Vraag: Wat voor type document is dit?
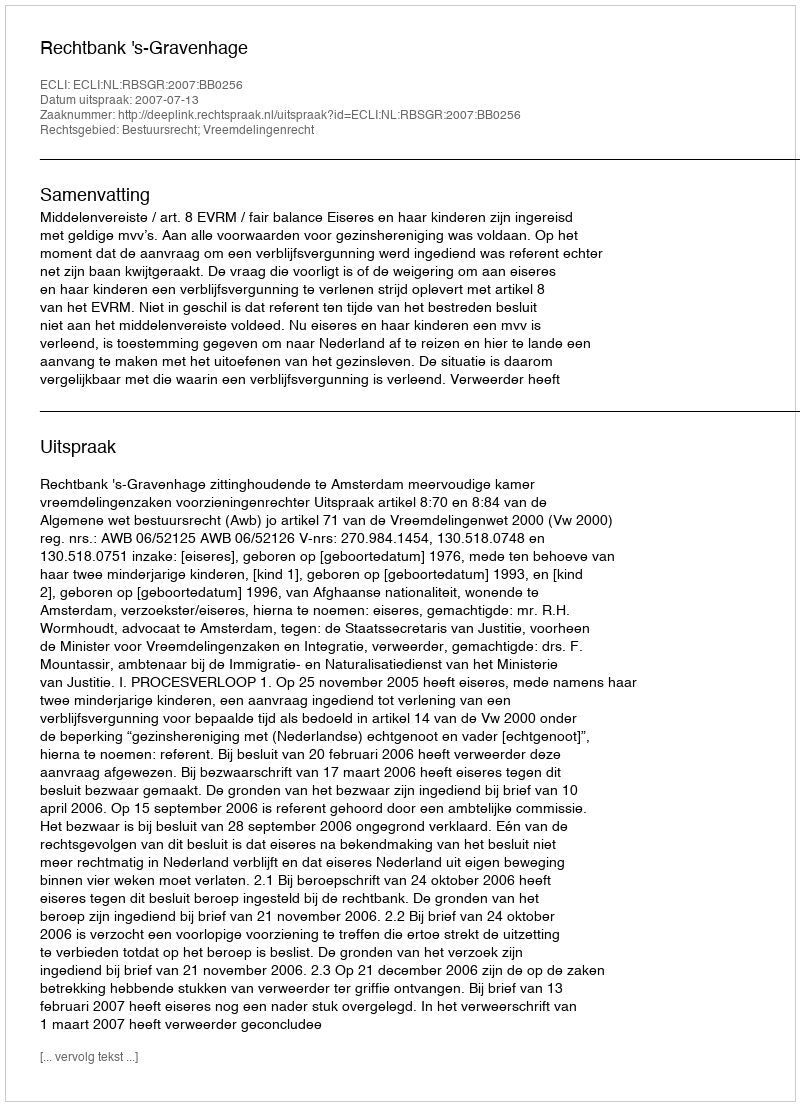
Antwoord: Uitspraak